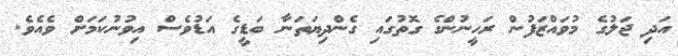
އަދި ޖަލުގެ މުވައްޒަފުން ރަހީނުންގެ ގޮތުގައި ގެންދިޔަތަނާ ބަޑީގެ އަޑުވެސް އިވުނުކަމަށް ވެއެވެ.